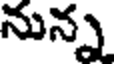
నున్న